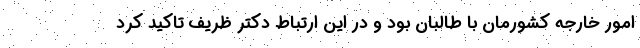
امور خارجه کشورمان با طالبان بود و در این ارتباط دکتر ظریف تاکید کرد